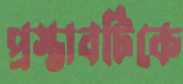
প্রস্তাবটিকে